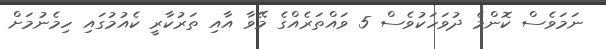
ނަމަވެސް ކޮންމެ ދުވަހަކުވެސް 5 ވައްތަރެއްގެ މޭވާ އާއި ތަރުކާރީ ކެއުމުގައި ހިމެނުމަށް